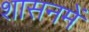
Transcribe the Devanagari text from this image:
शासनमें